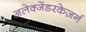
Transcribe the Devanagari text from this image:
अलेक्जेंडरकेज़र्न